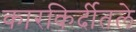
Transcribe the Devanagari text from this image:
कारकिर्दीतले